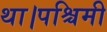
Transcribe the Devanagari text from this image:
था।पश्चिमी